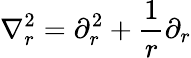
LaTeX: \nabla_{r}^{2}=\partial_{r}^{2}+\frac{1}{r}\partial_{r}